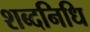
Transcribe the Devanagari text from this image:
शब्दनिधि